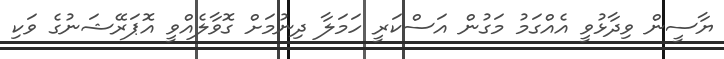
ޔާސީން ވިދާޅުވީ އެއްގަމު މަގުން އަސްކަރީ ހަމަލާ ދިނުމަށް ގޮވާލެއްވީ އޮޕަރޭޝަނުގެ ވަކި